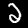
Digit: 2